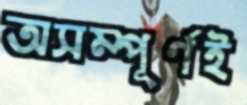
অসম্পূর্ণই